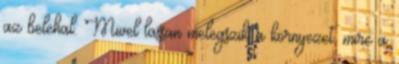
az belehal. Mivel lassan melegszik a környezet, mire a